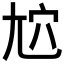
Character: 𡯜